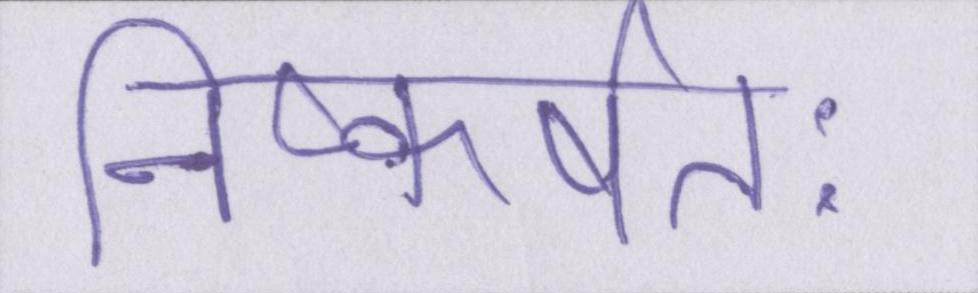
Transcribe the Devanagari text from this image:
निष्कर्षतः